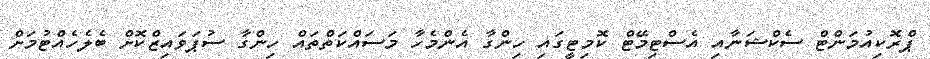
ޕްރޮކިއުމަންޓް ސެކްޝަނާއި އެސްޓިމޭޓް ކޮމިޓީގައި ހިންގާ އެންމެހާ މަސައްކަތްތައް ހިންގާ ސުޕަވައިޒްކޮށް ބެލެހެއްޓުމަށް